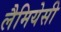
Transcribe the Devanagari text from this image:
लैमियेसी